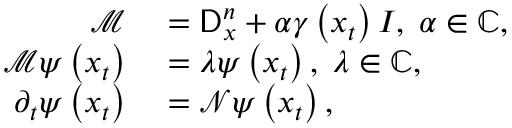
\begin{array} { r l } { \mathcal { M } } & { { } = \mathsf { D } _ { x } ^ { n } + \alpha \gamma \left( x _ { t } \right) I , \; \alpha \in \mathbb { C } , } \\ { \mathcal { M } \psi \left( x _ { t } \right) } & { { } = \lambda \psi \left( x _ { t } \right) , \; \lambda \in \mathbb { C } , } \\ { \partial _ { t } \psi \left( x _ { t } \right) } & { { } = \mathcal { N } \psi \left( x _ { t } \right) , } \end{array}